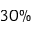
3 0 \%